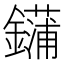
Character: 𰽏